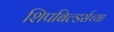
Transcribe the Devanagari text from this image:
शिपबिल्डर्सच्या